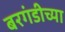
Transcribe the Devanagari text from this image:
बरगंडीच्या